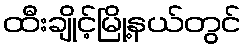
ထီးချိုင့်မြို့နယ်တွင်